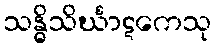
သန္ဓိသိင်္ဃာဋကေသု